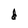
Character: d